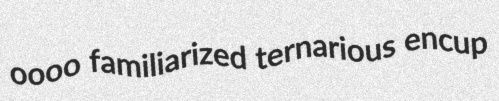
oooo familiarized ternarious encup